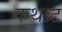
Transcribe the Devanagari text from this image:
कथब्र्ट